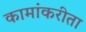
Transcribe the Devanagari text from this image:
कामांकरीता